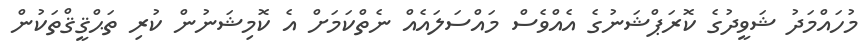
މުހައްމަދު ޝަވީދުގެ ކޮރަޕްޝަނުގެ އެއްވެސް މައްސަލައެއް ނެތްކަމަށް އެ ކޮމިޝަނުން ކުރި ތަޙްޤީޤްތަކުން